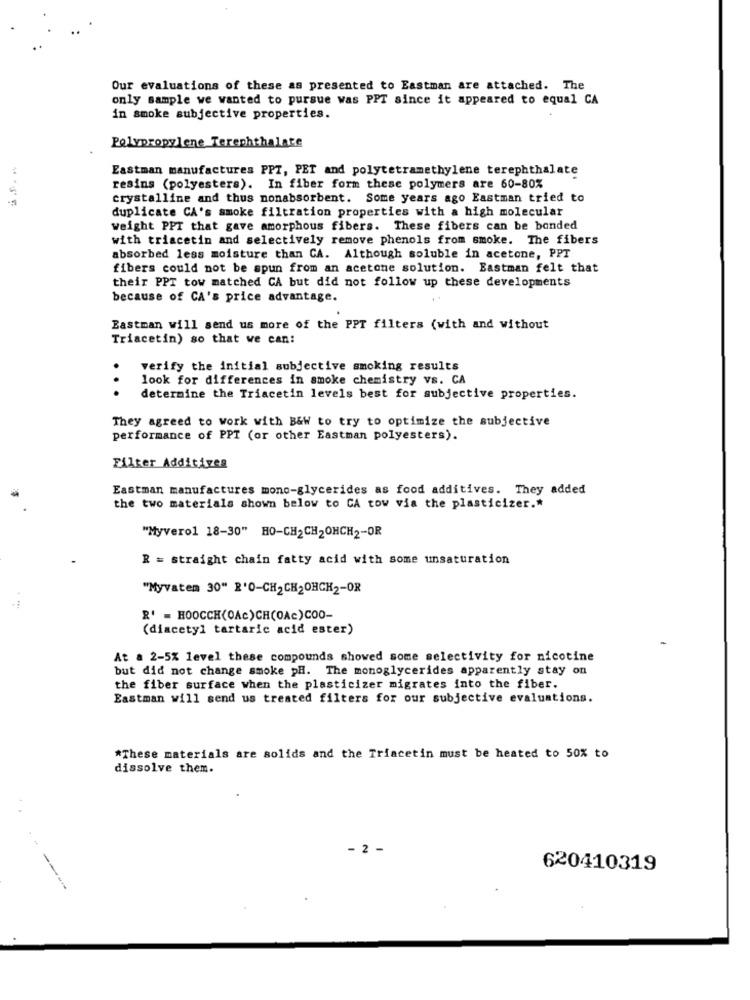
Our evaluations of these as presented to Eastman are attached. The
only sample we wanted to pursue was PPT since it appeared to equal CA
in smoke subjective properties.
Polypropylene Terephthalate
Eastman manufactures PPT, PET and polytetramethylene terephthalate
resins (polyesters). In fiber form these polymers are 60-80%
crystalline and thus nonabsorbent. Some years ago Eastman tried to
duplicate CA's smoke filtration properties with a high molecular
weight PPT that gave amorphous fibers. These fibers can be bonded
with triacetin and selectively remove phenols from smoke. The fibers
absorbed less moisture than CA. Although soluble in acetone, PPT
fibers could not be spun from an acetone solution. Eastman felt that
their PPT tow matched CA but did not follow up these developments
because of CA's price advantage.
Eastman will send us more of the PPT filters (with and without
Triacetin) so that we can:
verify the initial subjective smoking results
look for differences in smoke chemistry vs. CA
determine the Triacetin levels best for subjective properties.
They agreed to work with B&W to try to optimize the subjective
performance of PPT (or other Eastman polyesters).
Filter Additives
Eastman manufactures mono-glycerides as food additives. They added
the two materials shown below to CA tow via the plasticizer .*
"Myvero1 18-30" HO-CH2CH2OHCH2-OR
R = straight chain fatty acid with some unsaturation
"Myvatem 30" R'O-CH2CH2OHCH2-OR
R' = HOOCCH(OAc)CH(OAc)COO-
(diacetyl tartaric acid ester)
At a 2-5% level these compounds showed some selectivity for nicotine
but did not change smoke pH. The monoglycerides apparently stay on
the fiber surface when the plasticizer migrates into the fiber.
Eastman will send us treated filters for our subjective evaluations.
*These materials are solids and the Triacetin must be heated to 50% to
dissolve them.
2 -
620410319